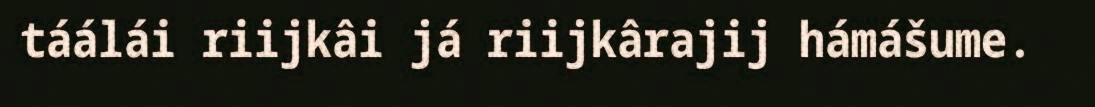
táálái riijkâi já riijkârajij hámášume.